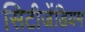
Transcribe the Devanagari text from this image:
सिटीजेंडियम